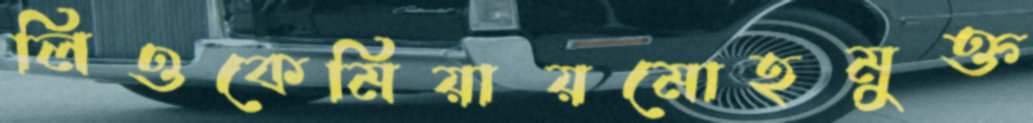
লিওকেমিয়ায়মোহমুক্ত